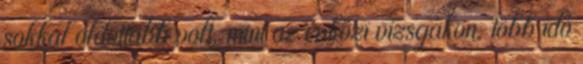
sokkal oldottabb volt, mint az évközi vizsgákon, több idő